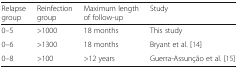
<table><thead><tr><td><b>Relapse group</b></td><td><b>Reinfection group</b></td><td><b>Maximum length of follow-up</b></td><td><b>Study</b></td></tr></thead><tbody><tr><td>0–5</td><td>&gt;1000</td><td>18 months</td><td>This study</td></tr><tr><td>0–6</td><td>&gt;1300</td><td>18 months</td><td>Bryant et al. [14]</td></tr><tr><td>0–8</td><td>&gt;100</td><td>&gt;12 years</td><td>Guerra-Assunção et al. [15]</td></tr></tbody></table>